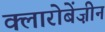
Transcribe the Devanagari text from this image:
क्लारोबेंज़ीन